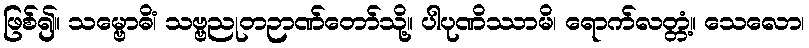
ဖြစ်၍။ သမ္ဗောဓိံ၊ သဗ္ဗညုတဉာဏ်တော်သို့။ ပါပုဏိဿာမိ၊ ရောက်လတ္တံ့။ သေလော၊